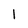
Character: 1